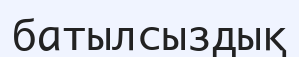
батылсыздық